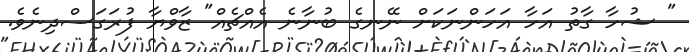
" ޝުހާ ގާތު އަހާ އަހަންނަކަށް ނޭނގެ ބުނާނެ އެއްޗެއް" ޒާވްޔާ ފުރަގަސްދިނެވެ.